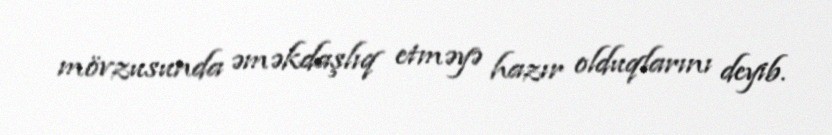
mövzusunda əməkdaşlıq etməyə hazır olduqlarını deyib.